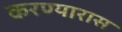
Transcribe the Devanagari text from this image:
करण्यारास